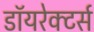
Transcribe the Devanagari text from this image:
डॉयरेक्टर्स